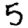
Digit: 5